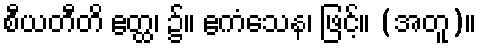
စီယတီတိ ဧတ္ထ၊ ၌။ ဧကံသေန၊ ဖြင့်။ (အတူ)။